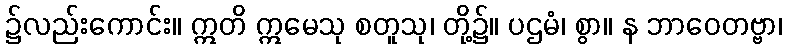
၌လည်းကောင်း။ ဣတိ ဣမေသု စတူသု၊ တို့၌။ ပဌမံ၊ စွာ။ န ဘာဝေတဗ္ဗာ၊